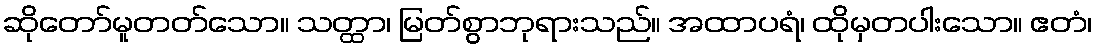
ဆိုတော်မူတတ်သော။ သတ္ထာ၊ မြတ်စွာဘုရားသည်။ အထာပရံ၊ ထိုမှတပါးသော။ ဧတံ၊